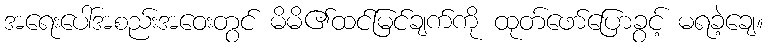
အရေးပေါ်အစည်းအဝေးတွင် မိမိ၏ထင်မြင်ချက်ကို ထုတ်ဖော်ပြောခွင့် မရခဲ့ချေ။